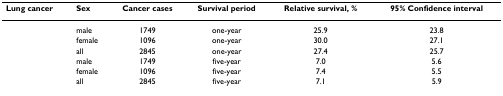
<table><thead><tr><td><b>Lung cancer</b></td><td><b>Sex</b></td><td><b>Cancer cases</b></td><td><b>Survival period</b></td><td><b>Relative survival, %</b></td><td><b>95% Confidence interval</b></td></tr></thead><tbody><tr><td></td><td>male</td><td>1749</td><td>one-year</td><td>25.9</td><td>23.8</td></tr><tr><td></td><td>female</td><td>1096</td><td>one-year</td><td>30.0</td><td>27.1</td></tr><tr><td></td><td>all</td><td>2845</td><td>one-year</td><td>27.4</td><td>25.7</td></tr><tr><td></td><td>male</td><td>1749</td><td>five-year</td><td>7.0</td><td>5.6</td></tr><tr><td></td><td>female</td><td>1096</td><td>five-year</td><td>7.4</td><td>5.5</td></tr><tr><td></td><td>all</td><td>2845</td><td>five-year</td><td>7.1</td><td>5.9</td></tr></tbody></table>